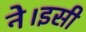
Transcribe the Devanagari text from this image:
ने।इसी